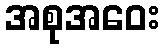
အစုအဝေး